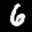
Label: 6